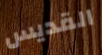
القديس